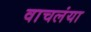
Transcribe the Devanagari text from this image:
वाचलंया